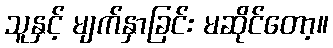
သူနှင့် မျက်နှာခြင်း မဆိုင်တော့။